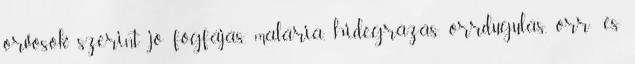
orvosok szerint jó fogfájás, malária, hidegrázás, orrdugulás, orr- és